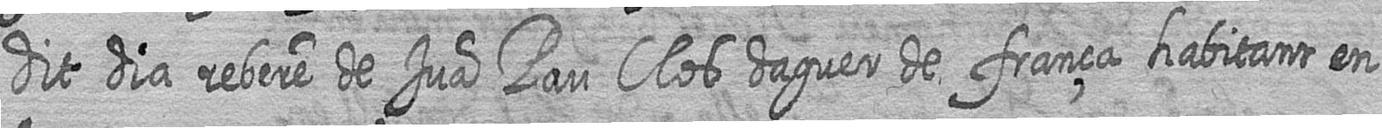
dit dia rebere de Jua Pau Clos daguer de frança habitant en